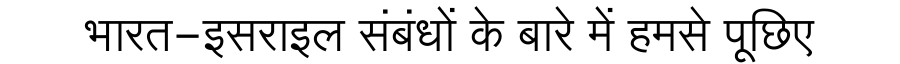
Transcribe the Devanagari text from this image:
भारत-इसराइल संबंधों के बारे में हमसे पूछिए